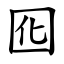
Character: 囮